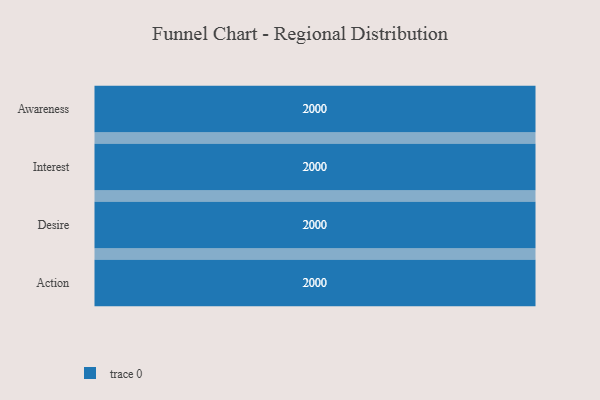
{"axis": {"x": "Stage", "y": "Value"}, "legend": [""], "data": [{"x": "Awareness", "y": 2000, "type": ""}, {"x": "Interest", "y": 2000, "type": ""}, {"x": "Desire", "y": 2000, "type": ""}, {"x": "Action", "y": 2000, "type": ""}]}